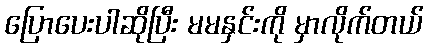
ပြောပေးပါဆိုပြီး မမနှင်းကို မှာလိုက်တယ်